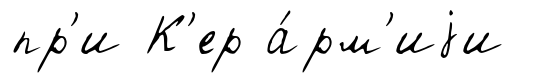
пр'и К'ер а́рм'иjи